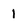
Character: 1